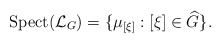
\begin{align*} \textnormal{Spect}(\mathcal{L}_G)=\{\mu_{[\xi]}:[\xi]\in \widehat{G}\}.\end{align*}